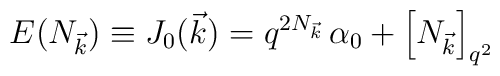
E(N_{\vec{k}}) \equiv J_0(\vec{k}) = q^{2 N_{\vec{k}}} \, \alpha_0 +  \left[ N_{\vec{k}} \right]_{q^2}